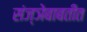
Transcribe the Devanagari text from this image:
संज्ञेबाबतीत